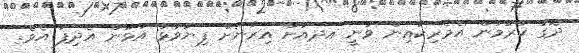
ދޮގު ކުރުމުން އެމެރިކާއިން ވަނީ އދއަށް އިރާނަށް ފިޔަވަޅު އަޅަން އެދިފަ އެވެ.